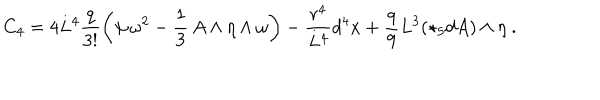
C _ { 4 } = 4 L ^ { 4 } \frac { q } { 3 ! } \left( \psi \, \omega ^ { 2 } - \frac { 1 } { 3 } \, A \wedge \eta \wedge \omega \right) - \frac { r ^ { 4 } } { L ^ { 4 } } d ^ { 4 } x + \frac { q } { 9 } L ^ { 3 } ( \star _ { 5 } d A ) \wedge \eta \ .